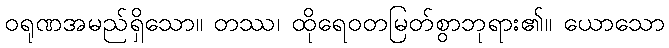
ဝရုဏအမည်ရှိသော။ တဿ၊ ထိုရေဝတမြတ်စွာဘုရား၏။ ယောသော